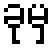
ခုမှ